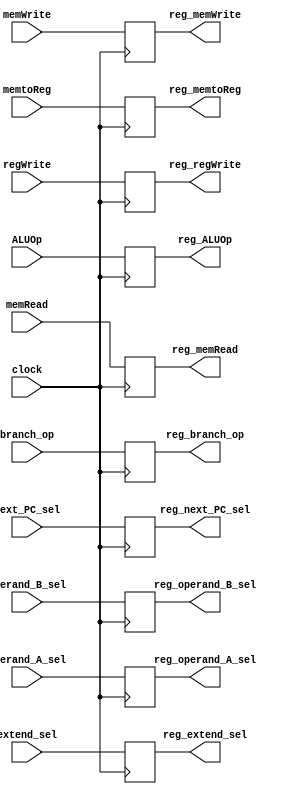
module control_unit_buffer #(parameter CORE = 0)(
    clock,
    branch_op,
    memRead,
    memtoReg, 
    ALUOp,
    memWrite,
    next_PC_sel,
    operand_A_sel, 
    operand_B_sel, 
    extend_sel,
    regWrite,


    reg_branch_op,
    reg_memRead,
    reg_memtoReg, 
    reg_ALUOp,
    reg_memWrite,
    reg_next_PC_sel,
    reg_operand_A_sel, 
    reg_operand_B_sel,
    reg_extend_sel,
    reg_regWrite
); 

    input branch_op;
    input memRead; 
    input memtoReg; 
    input [2:0] ALUOp; 
    input memWrite;
    input [1:0] next_PC_sel;
    input [1:0] operand_A_sel; 
    input operand_B_sel; 
    input [1:0] extend_sel; 
    input regWrite;
    input clock;

    output reg reg_branch_op;
    output reg reg_memRead; 
    output reg reg_memtoReg; 
    output reg [2:0] reg_ALUOp; 
    output reg reg_memWrite;
    output reg [1:0] reg_next_PC_sel;
    output reg [1:0] reg_operand_A_sel; 
    output reg reg_operand_B_sel; 
    output reg [1:0] reg_extend_sel; 
    output reg reg_regWrite; 


always @ (posedge clock) begin
    reg_branch_op <= branch_op;
    reg_memRead <= memRead; 
    reg_memtoReg <= memtoReg; 
    reg_ALUOp <= ALUOp; 
    reg_memWrite <= memWrite;
    reg_next_PC_sel <= next_PC_sel;
    reg_operand_A_sel <= operand_A_sel; 
    reg_operand_B_sel <= operand_B_sel; 
    reg_extend_sel <= extend_sel; 
    reg_regWrite <= regWrite;  
end




endmodule